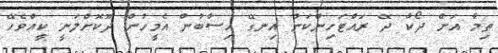
ތިމާ އަށް ދޯކާ ދޭ ރައްޓަހިންކަން އިނގޭ ހިސާބުން އެމީހުން ދޫކޮށްލަނީ ކީއްވެހޭ